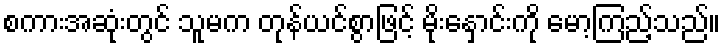
စကားအဆုံးတွင် သူမက တုန်ယင်စွာဖြင့် မိုးနှောင်းကို မော့ကြည့်သည်။